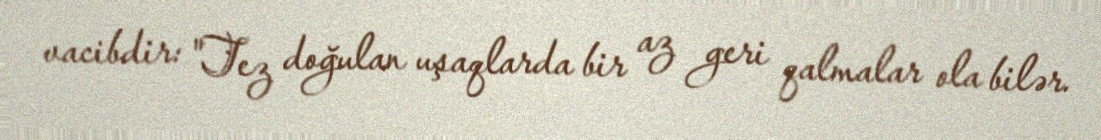
vacibdir: "Tez doğulan uşaqlarda bir az geri qalmalar ola bilər.